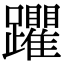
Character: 躣